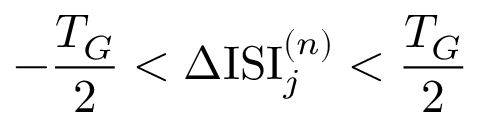
- { \frac { T _ { G } } { 2 } } < \Delta \mathrm { I S I } _ { j } ^ { ( n ) } < { \frac { T _ { G } } { 2 } }